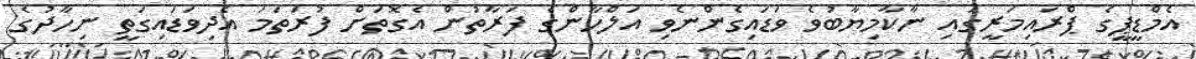
އެމްޑީޕީގެ ޕްރައިމަރީގައި ނާކާމިޔާބުވެ ވަޑައިގެންނެވި އަލްހާންގެ ފަރާތުން އެގޮތަށް ފުރަތަމަ އެދިވަޑައިގަތީ ނިހާދުގެ